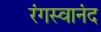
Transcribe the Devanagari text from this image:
रंगस्वानंद